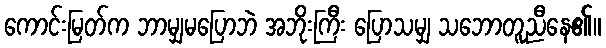
ကောင်းမြတ်က ဘာမျှမပြောဘဲ အဘိုးကြီး ပြောသမျှ သဘောတူညီနေ၏။